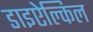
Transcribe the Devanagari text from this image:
डाइऐल्किल